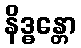
နိဒ္ဓန္တော